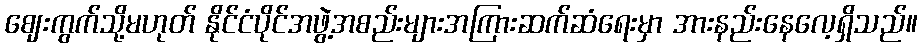
ဈေးကွက်သို့မဟုတ် နိုင်ငံပိုင်အဖွဲ့အစည်းများအကြားဆက်ဆံရေးမှာ အားနည်းနေလေ့ရှိသည်။